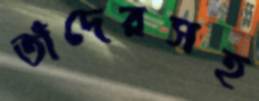
তাঁদেরসহ